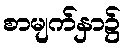
စာမျက်နှာ၌